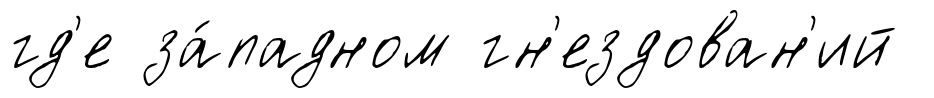
гд'е за́падном гн'ездован'ий